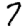
Digit: 7